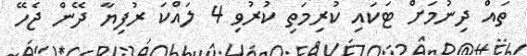
ތައް ދިނުމަށް ޓަކަައި ކުރިމަތި ކުރުވި 4 ލައްކަ ރުފިޔާ ދޭން ޖެހޭ